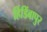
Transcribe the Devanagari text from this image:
हिडिंबापुर